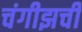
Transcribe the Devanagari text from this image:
चंगीझची